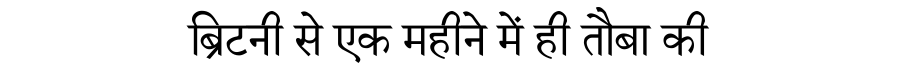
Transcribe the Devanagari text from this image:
ब्रिटनी से एक महीने में ही तौबा की